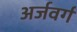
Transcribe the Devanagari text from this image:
अर्जवर्ग